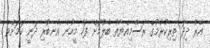
އޭރު ދިދަ ތިރިކުރުމުގެ ރަސްމިއްޔާތު ބެލުމަށް ފަހު މީހުން އެނބުރި ދަނީ ކަމަށްވެ